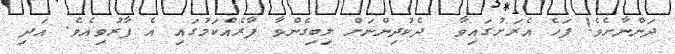
ދަންނާށެވެ! ފަހެ އެރަށުގައިވާ  ދެކުދިންނަށް ލިބިގެންވާ ފާރެއްކަމުގައި އެ ފާރުވިއެވެ. އަދި